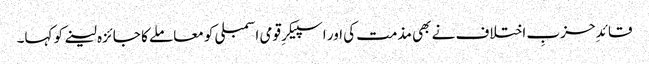
قائدِ حزبِ اختلاف نے بھی مذمت کی اور اسپیکرِ قومی اسمبلی کو معاملے کا جائزہ لینے کو کہا۔